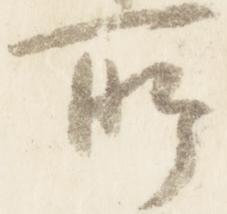
所